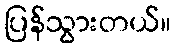
ပြန်သွားတယ်။